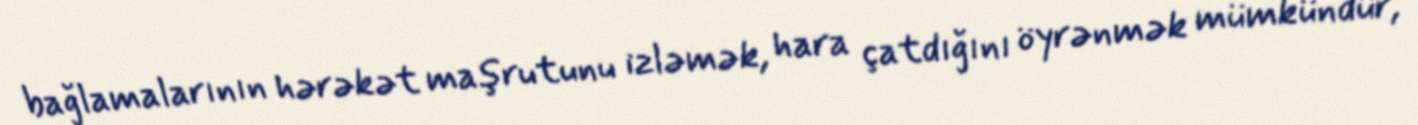
bağlamalarının hərəkət maşrutunu izləmək, hara çatdığını öyrənmək mümkündür,